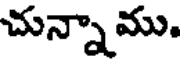
చున్నాము.